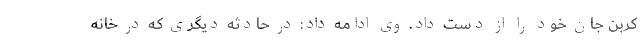
کربن جان خود را از دست داد. وی ادامه داد: در حادثه دیگری که در خانه